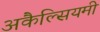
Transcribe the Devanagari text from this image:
अकैल्सियमी